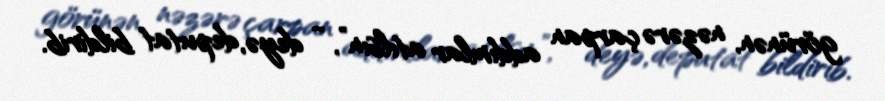
görünən, nəzərə çarpan addımlar atılsın”, - deyə, deputat bildirib.